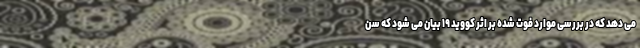
می دهد که در بررسی موارد فوت شده بر اثر کووید ۱۹ بیان می شود که سن